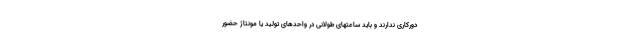
دورکاری ندارند و باید ساعتهای طولانی در واحدهای تولید یا مونتاژ حضور